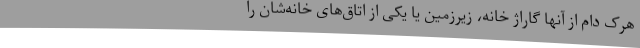
هرک دام از آنها گاراژ خانه، زیرزمین یا یکی از اتاق‌های خانه‌شان‌ را